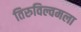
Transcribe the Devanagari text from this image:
तिरुविल्वमला